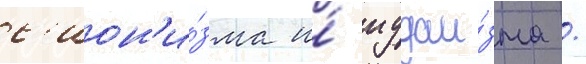
с'ион'и́зма и́ иудаи́зма /